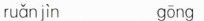
ruǎnjìn gōng